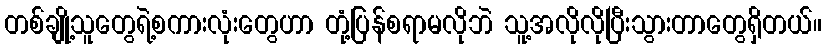
တစ်ချို့သူတွေရဲ့စကားလုံးတွေဟာ တုံ့ပြန်စရာမလိုဘဲ သူ့အလိုလိုပြီးသွားတာတွေရှိတယ်။